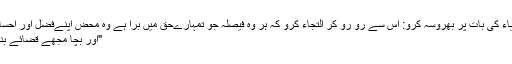
لہٰذا انبیاء کی بات پر بھروسہ کرو: اُس سے رو رو کر التجاء کرو کہ ہر وہ فیصلہ جو تمہارےحق میں برا ہے وہ محض اپنےفضل اور احسان سے
"اور بچا مجھے قضائے بد سے"۔